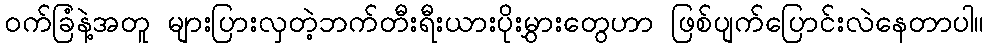
ဝက်ခြံနဲ့အတူ များပြားလှတဲ့ဘက်တီးရီးယားပိုးမွှားတွေဟာ ဖြစ်ပျက်ပြောင်းလဲနေတာပါ။